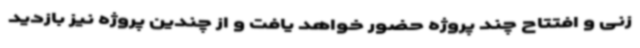
زنی و افتتاح چند پروژه حضور خواهد یافت و از چندین پروژه نیز بازدید